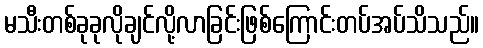
မသီးတစ်ခုခုလိုချင်လို့လာခြင်းဖြစ်ကြောင်းတပ်အပ်သိသည်။